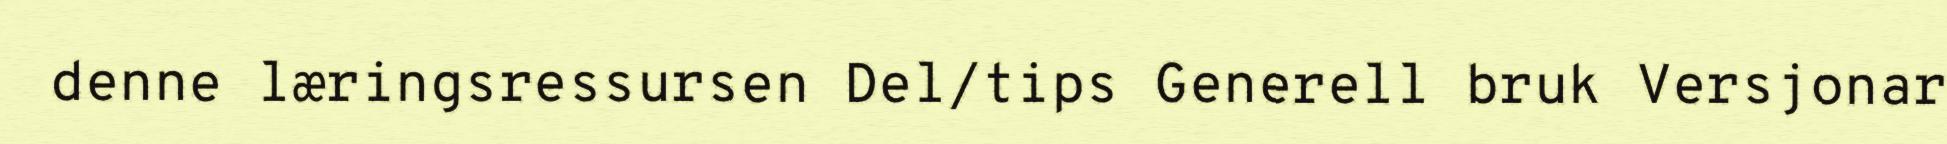
denne læringsressursen Del/tips Generell bruk Versjonar